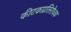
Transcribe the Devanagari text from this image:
कीटकप्रतिरोधक